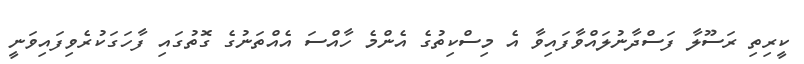
ކީރިތި ރަސޫލާ ފަސްދާނުލައްވާފައިވާ އެ މިސްކިތުގެ އެންމެ ހާއްސަ އެއްތަނުގެ ގޮތުގައި ފާހަގަކުރެވިފައިވަނީ